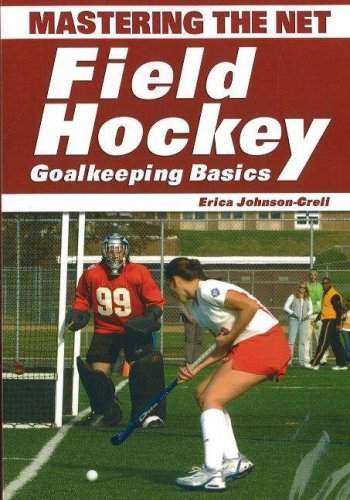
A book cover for Mastering the Net: Field Hockey Goalkeeping Basics; Erica Johnson-Crell; Sports & Outdoors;